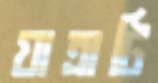
যাত্রাটি